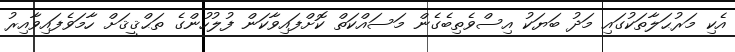
އެކި މަރުޙަލާތަކުގައި މަދު ބަޔަކު އިސްވެތިބެގެން މަސައްކަތް ކޮށްފައިވާކަން ފުލުހުންގެ ތަޙްޤީޤަށް ހާމަވެފައިވާއިރު